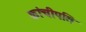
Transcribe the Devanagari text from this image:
कांचीपति